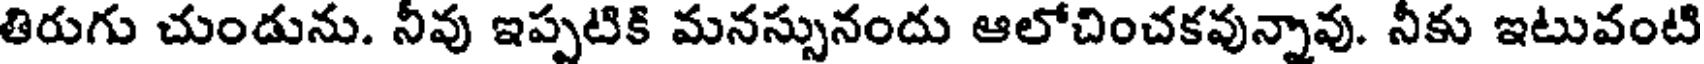
తిరుగు చుండును. నీవు ఇప్పటికి మనస్సునందు ఆలోచించకవున్నావు. నీకు ఇటువంటి